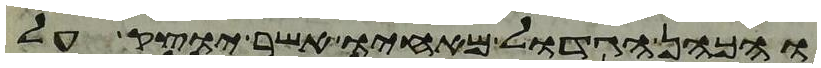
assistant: והכהן הגדול מאחיו אשר יוצק על